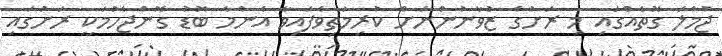
ޖުމްލަ ގޮތެއްގައި މި ރަށުގެ ޒުވާނުންނަށް ކުރިމަތިވެފައިވާ އެންމެ ބޮޑު ގޮންޖެހުމަކީ ރަށުގައި